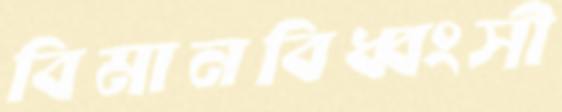
বিমানবিধ্বংসী